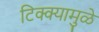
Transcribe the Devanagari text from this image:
टिक्क्यामुळे